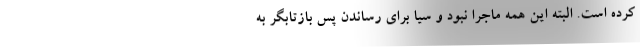
کرده است. البته این همه ماجرا نبود و سیا برای رساندن پس بازتابگر به